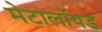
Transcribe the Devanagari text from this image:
मेटालॉयड